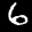
Label: 6